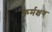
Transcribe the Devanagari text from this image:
कर्मक्षय